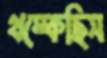
থম্‌কেছিস